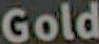
Gold